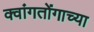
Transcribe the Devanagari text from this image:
क्वांगतोंगाच्या